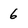
Character: 6